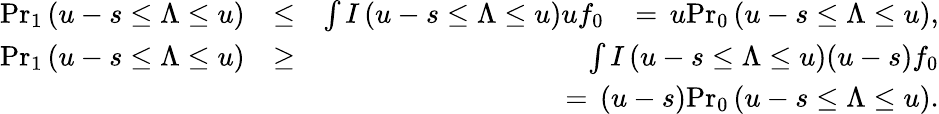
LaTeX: \begin{array}{rlr}{{\operatorname*{Pr}}_{1}\left(u-s\le\Lambda\le u\right)}&{\le}&{\int I\left(u-s\le\Lambda\le u\right)uf_{0}\, \, \, \, \, =\, u{\operatorname*{Pr}}_{0}\left(u-s\le\Lambda\le u\right),}\\ {{\operatorname*{Pr}}_{1}\left(u-s\le\Lambda\le u\right)}&{\ge}&{\int I\left(u-s\le\Lambda\le u\right)(u-s)f_{0}}\\ &{}&{=\, (u-s){\operatorname*{Pr}}_{0}\left(u-s\le\Lambda\le u\right).}\end{array}